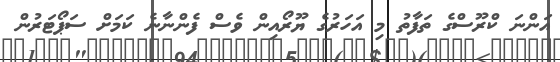
އަންނަ ކްރޫސްގެ ތަފާތު މި އަހަރުގެ ޔޫރޯއިން ވެސް ފެންނާނެ ކަމަށް ސަޕޯޓަރުން